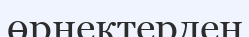
өрнектерден